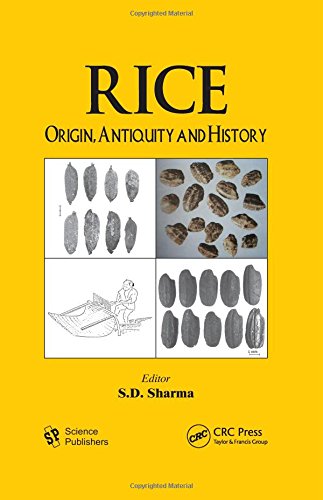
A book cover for Rice: Origin, Antiquity and History; Science & Math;